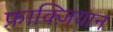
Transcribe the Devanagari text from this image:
फ़ाक्ज़ियान